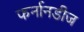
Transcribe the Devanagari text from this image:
फर्नानडीज